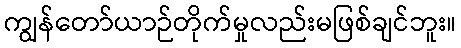
ကျွန်တော်ယာဉ်တိုက်မှုလည်းမဖြစ်ချင်ဘူး။